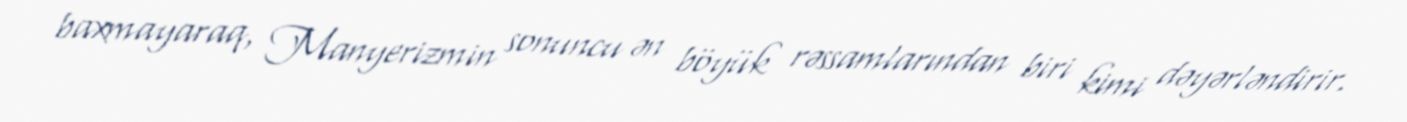
baxmayaraq, Manyerizmin sonuncu ən böyük rəssamlarından biri kimi dəyərləndirir.